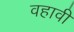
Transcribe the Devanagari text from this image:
वहावी